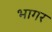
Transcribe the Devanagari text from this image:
भागर